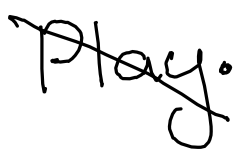
Text: Play.
Cross-out: diagonal
Writing tool: digital_black